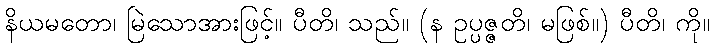
နိယမတော၊ မြဲသောအားဖြင့်။ ပီတိ၊ သည်။ (န ဥပ္ပဇ္ဇတိ၊ မဖြစ်။) ပီတိ၊ ကို။